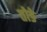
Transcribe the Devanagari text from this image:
तोङे